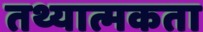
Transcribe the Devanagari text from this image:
तथ्यात्मकता